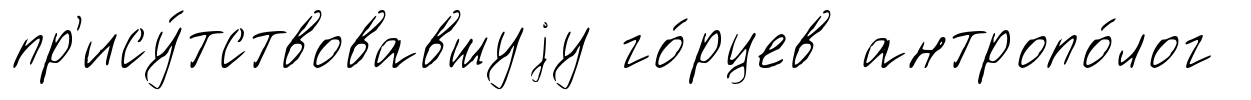
пр'ису́тствовавшуjу го́рцев антропо́лог